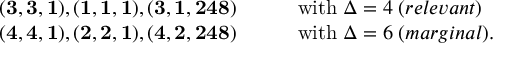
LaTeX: \begin{array} { l l } { { { \bf ( 3 , 3 , 1 ) , ( 1 , 1 , 1 ) , ( 3 , 1 , 2 4 8 ) } \qquad } } & { { \mathrm { w i t h } \; \Delta = 4 \; ( r e l e v a n t ) } } \\ { { { \bf ( 4 , 4 , 1 ) , ( 2 , 2 , 1 ) , ( 4 , 2 , 2 4 8 ) } \qquad } } & { { \mathrm { w i t h } \; \Delta = 6 \; ( m a r g i n a l ) . } } \end{array}